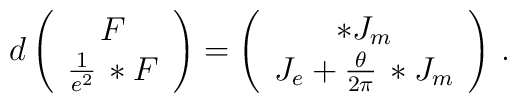
d \left( \begin{array}{c} F\\ \frac{1}{e^2}\,*F\end{array}\right) = \left( \begin{array}{c} *J_m\\*J_e+\frac{\theta}{2\pi}\, *J_m\end{array}\right)\,.